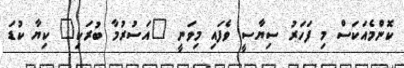
ކޮންމެއަކަސް މި ފަހަރު ސިޔާސީ ވެފައި މިވަނީ "އަސުރުމާ ބުރަކި" ކިޔާ ކުޑަ